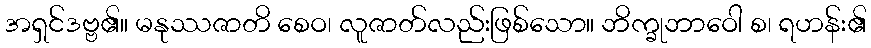
အရှင်ဒဗ္ဗ၏။ မနုဿဇာတိ စေဝ၊ လူဇာတ်လည်းဖြစ်သော။ ဘိက္ခုဘာဝေါ စ၊ ရဟန်း၏